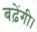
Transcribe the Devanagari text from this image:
बढ़ेंगी।